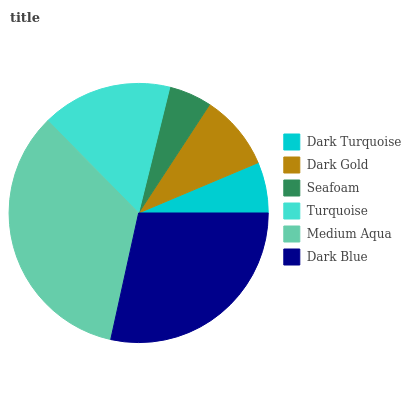
| Dark Turquoise | Dark Gold | Seafoam | Turquoise | Medium Aqua | Dark Blue |
 | --- | --- | --- | --- | --- | --- |
 | 6.35% | 9.43% | 5.34% | 16.2% | 34.2% | 28.5% |